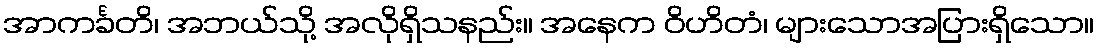
အာကင်္ခတိ၊ အဘယ်သို့ အလိုရှိသနည်း။ အနေက ဝိဟိတံ၊ များသောအပြားရှိသော။